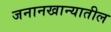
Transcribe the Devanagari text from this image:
जनानखान्यातील